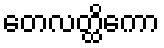
တေလတ္ထိကော